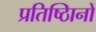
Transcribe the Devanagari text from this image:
प्रतिष्ठिानों